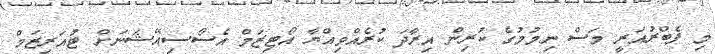
މި ފެބްރުއަރީ މަސް ނިމުމުގެ ކުރިން އިރާދަ ކުރެއްވިއްޔާ އޯޓިޒަމް އެސޯސިއޭޝަނަށް ޓުއަރިޒަމް